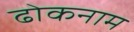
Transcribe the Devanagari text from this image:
ढोकनाम